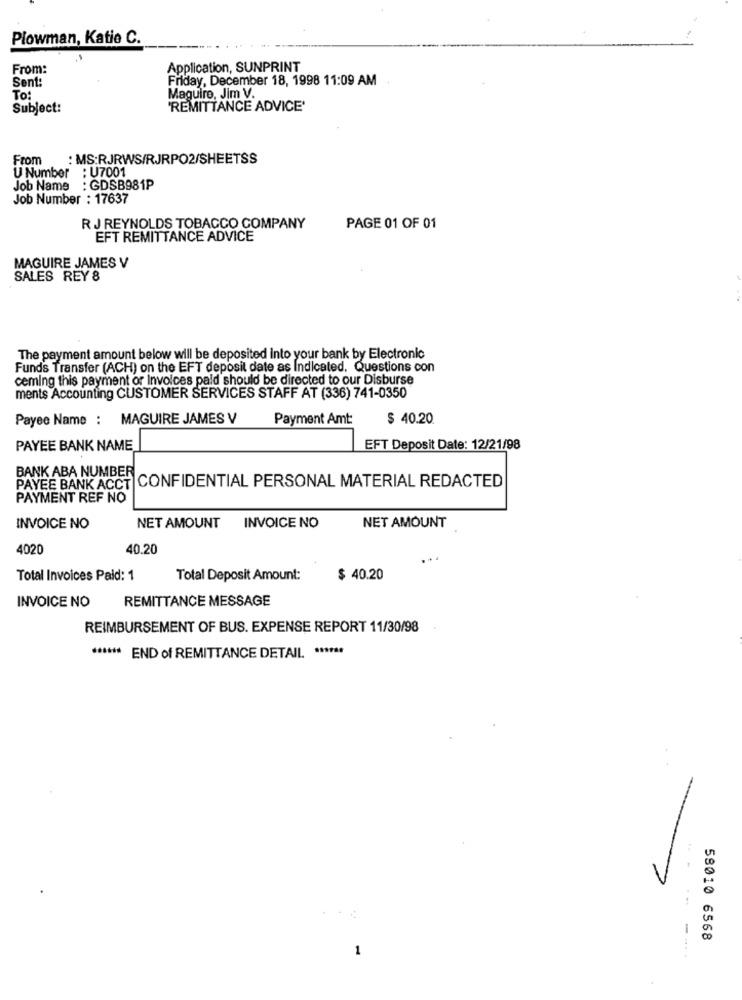
Plowman, Katie C.
From:
Application, SUNPRINT
Sent:
Friday, December 18, 1998 11:09 AM
To:
Maguire, Jim V.
Subject:
"REMITTANCE ADVICE'
From
: MS:RJRWS/RJRPO2/SHEETSS
U Number
: U7001
Job Name : GDSB981P
Job Number : 17637
R J REYNOLDS TOBACCO COMPANY
PAGE 01 OF 01
EFT REMITTANCE ADVICE
MAGUIRE JAMES V
SALES REY 8
The payment amount below will be deposited into your bank by Electronic
Funds Transfer (ACH) on the EFT deposit date as Indicated. Questions con
ceming this payment or Invoices paid should be directed to our Disburse
ments Accounting CUSTOMER SERVICES STAFF AT (336) 741-0350
Payee Name : MAGUIRE JAMES V
Payment Amt
$ 40.20
PAYEE BANK NAME
EFT Deposit Date: 12/21/98
BANK ABA NUMBER
PAYEE BANK ACCT CONFIDENTIAL PERSONAL MATERIAL REDACTED
PAYMENT REF NO
NET AMOUNT
INVOICE NO
NET AMOUNT
INVOICE NO
4020
40.20
Total Invoices Paid: 1
Total Deposit Amount:
$ 40.20
REMITTANCE MESSAGE
INVOICE NO
REIMBURSEMENT OF BUS. EXPENSE REPORT 11/30/98
****** END of REMITTANCE DETAIL. ******
...
58010 6568
.....